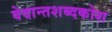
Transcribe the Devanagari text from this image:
वेदान्तशब्दकोश